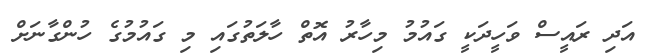
އަދި ރައީސް ވަހީދަކީ ގައުމު މިހާރު އޮތް ހާލަތުގައި މި ގައުމުގެ ހުންގާނަށް